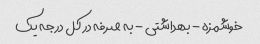
خوشمزه - بهداشتی - به صرفه در کل درجه یک